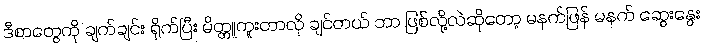
ဒီစာတွေကို ချက်ချင်း ရိုက်ပြီး မိတ္တူကူးတာလို ချင်တယ် ဘာ ဖြစ်လို့လဲဆိုတော့ မနက်ဖြန် မနက် ဆွေးနွေး